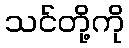
သင်တို့ကို